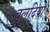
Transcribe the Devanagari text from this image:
बलदिया